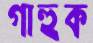
গাহুক